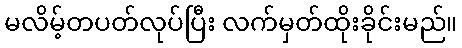
မလိမ့်တပတ်လုပ်ပြီး လက်မှတ်ထိုးခိုင်းမည်။